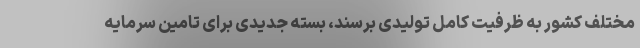
مختلف کشور به ظرفیت کامل تولیدی برسند، بسته جدیدی برای تامین سرمایه